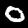
Digit: 0